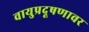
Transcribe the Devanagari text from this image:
वायुप्रदूषणावर